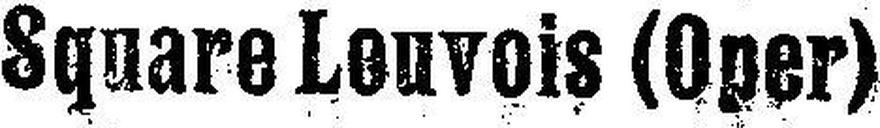
Square Louvois (Oper)